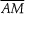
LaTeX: \overline { { A M } }